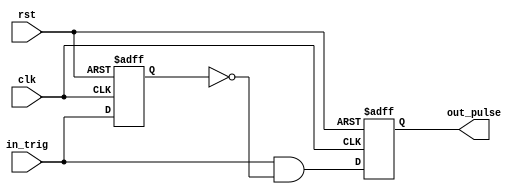
`timescale 1ns / 1ps
//////////////////////////////////////////////////////////////////////////////////
// Company: 
// Engineer: 
// 
// Design Name: 
// Module Name: one_pulse
// Project Name: 
// Target Devices: 
// Tool Versions: 
// Description: 
// 
// Dependencies: 
// 
// Revision:
// Revision 0.01 - File Created
// Additional Comments:
// 
//////////////////////////////////////////////////////////////////////////////////


module one_pulse(in_trig, clk, rst, out_pulse);
    input in_trig, clk, rst;
    output out_pulse;
    
    reg in_trig_delay, out_pulse;
    
    always @(posedge clk or negedge rst) begin
        if(~rst) begin
            in_trig_delay <= 1'b0;
        end
        else begin
            in_trig_delay <= in_trig; 
        end
    end
    
    assign out_pulse_next = in_trig & (~in_trig_delay);
    
    always @(posedge clk or negedge rst) begin
        if(~rst) begin
            out_pulse <= 1'b0;
        end
        else begin
            out_pulse <= out_pulse_next;
        end
    end
    
endmodule